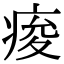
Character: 痠